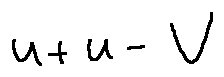
u + u - V